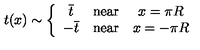
t ( x ) \sim \left\{ \begin{array} { c c c } { \overline { { t } } } & { \mathrm { n e a r } } & { x = \pi R } \\ { - \overline { { t } } } & { \mathrm { n e a r } } & { x = - \pi R } \\ \end{array} \right.